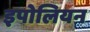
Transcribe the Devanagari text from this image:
इपोलियन